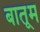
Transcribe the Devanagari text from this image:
बातूम